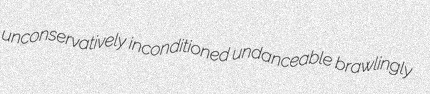
unconservatively inconditioned undanceable brawlingly